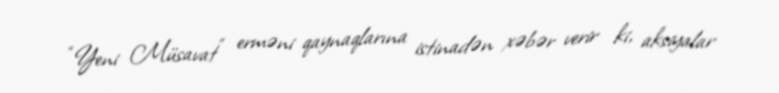
“Yeni Müsavat” erməni qaynaqlarına istinadən xəbər verir ki, aksiyalar